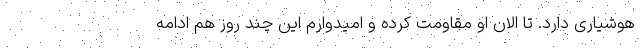
هوشیاری دارد. تا الان او مقاومت کرده و امیدوارم این چند روز هم ادامه